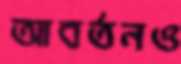
আবর্তনও